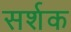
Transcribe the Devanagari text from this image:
सर्शक